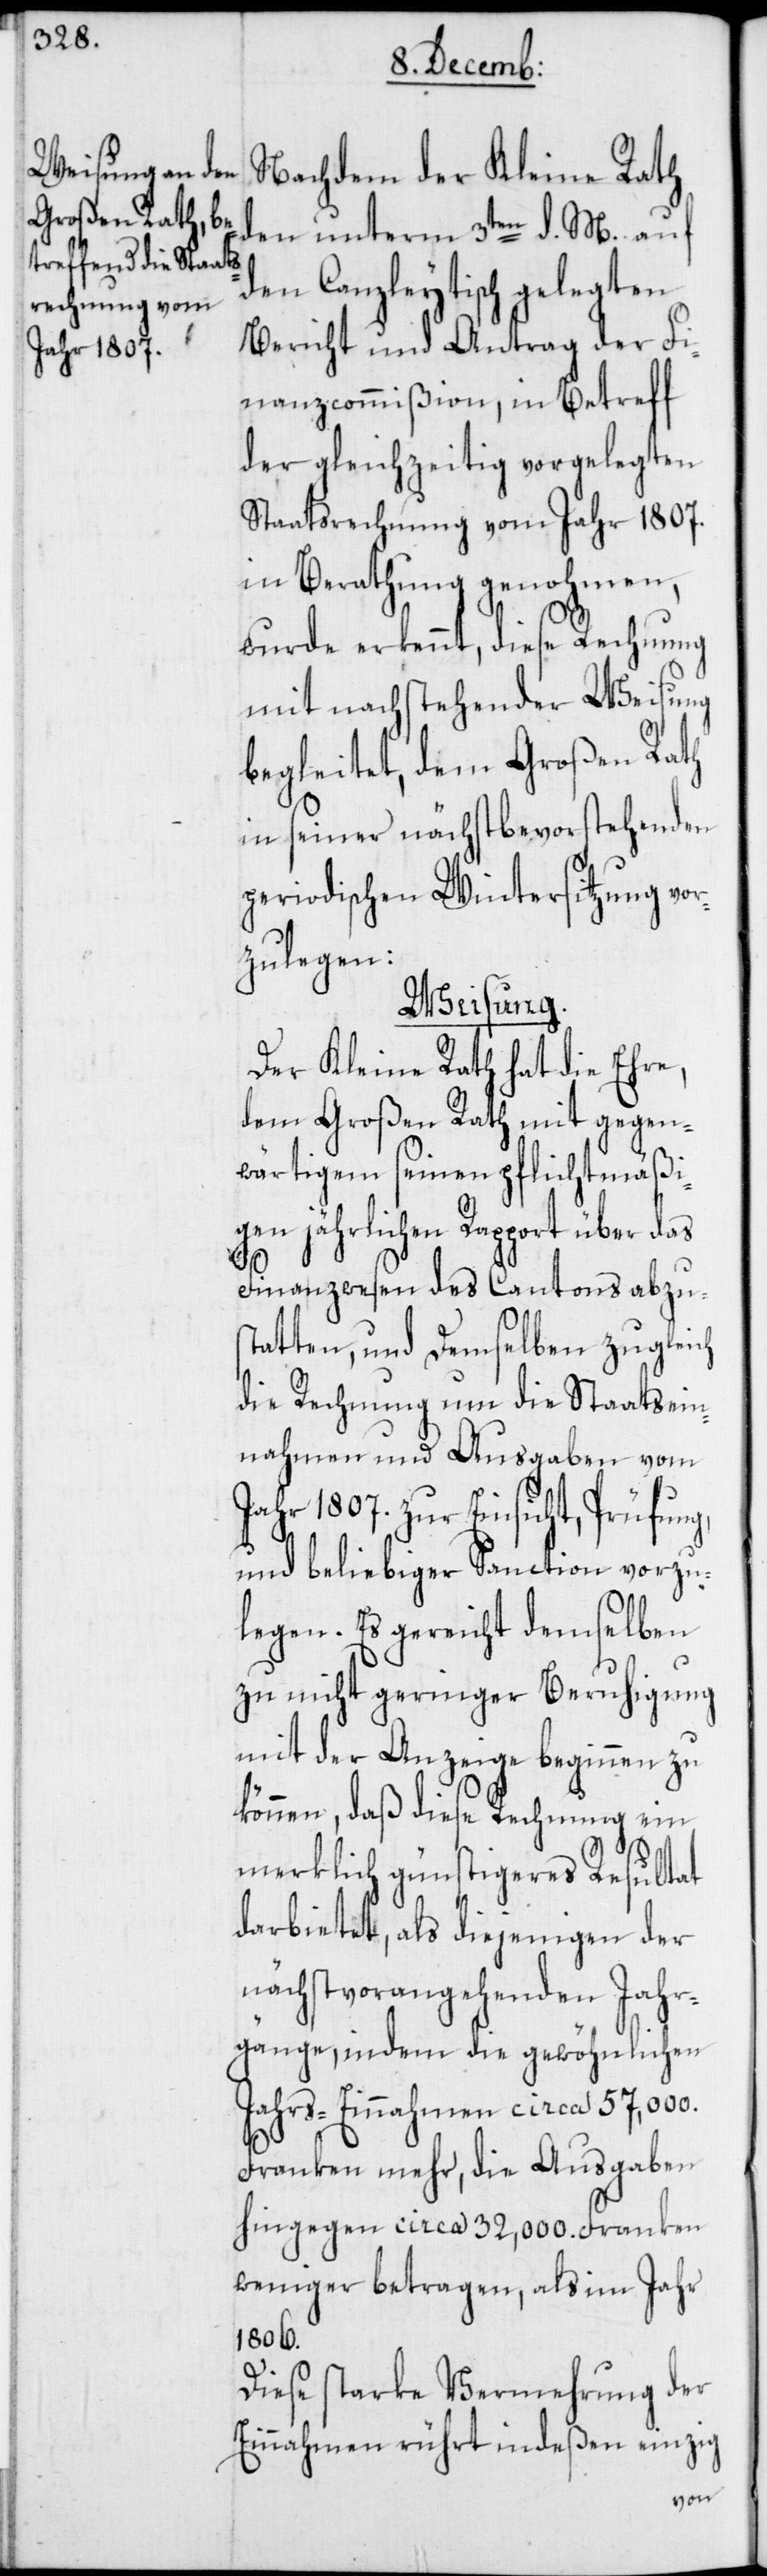
Nachdem der Kleine Rath
den unterm 3ten d. M. auf
den Canzleytisch gelegten
Bericht und Antrag der Fi¬
nanzcommißion, in Betreff
der gleichzeitig vorgelegten
Staatsrechnung vom Jahr 1807.
in Berathung genohmen,
wurde erkennt, diese Rechnung
mit nachstehender Weisung
begleitet, dem Großen Rath
in seiner nächst bevorstehenden
periodischen Wintersitzung vor¬
zulegen:
Weisung.
Der Kleine Rath hat die Ehre,
dem Großen Rath mit gegen¬
wärtigem seinen pflichtmäßi¬
gen jährlichen Rapport über das
Finanzwesen des Cantons abzus¬
tatten, und demselben zugleich
die Rechnung um die Staatsein¬
nahmen und [-]Ausgaben vom
Jahr 1807. zur Einsicht, Prüfung,
und beliebiger Sanction vorzu¬
legen. Es gereicht demselben
zu nicht geringer Beruhigung
mit der Anzeige beginnen zu
können, daß diese Rechnung ein
merklich günstigeres Resultat
darbietet, als diejenigen der
nächstvorangehenden Jahr¬
gänge, indem die gewöhnlichen
Jahrs-Einnahmen circa 57,000.
Franken mehr, die Ausgaben
hingegen circa 32,000. Franken
weniger betragen, als im Jahr
1806.
Diese starke Vermehrung der
Einnahmen rührt indeßen einzig